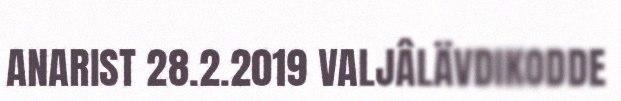
ANARIST 28.2.2019 VALJÂLÄVDIKODDE